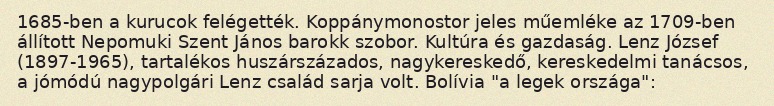
1685-ben a kurucok felégették. Koppánymonostor jeles műemléke az 1709-ben állított Nepomuki Szent János barokk szobor. Kultúra és gazdaság. Lenz József (1897-1965), tartalékos huszárszázados, nagykereskedő, kereskedelmi tanácsos, a jómódú nagypolgári Lenz család sarja volt. Bolívia "a legek országa":